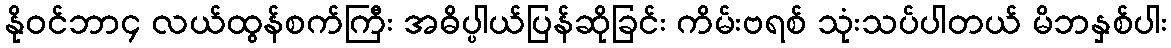
နိုဝင်ဘာ၄ လယ်ထွန်စက်ကြီး အဓိပ္ပါယ်ပြန်ဆိုခြင်း ကိမ်းဗရစ် သုံးသပ်ပါတယ် မိဘနှစ်ပါး